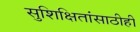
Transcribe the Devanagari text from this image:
सुशिक्षितांसाठीही